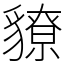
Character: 䝤